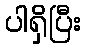
ပါရှိပြီး